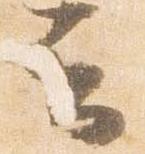
云